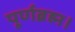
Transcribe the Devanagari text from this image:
पूर्णब्रह्म।